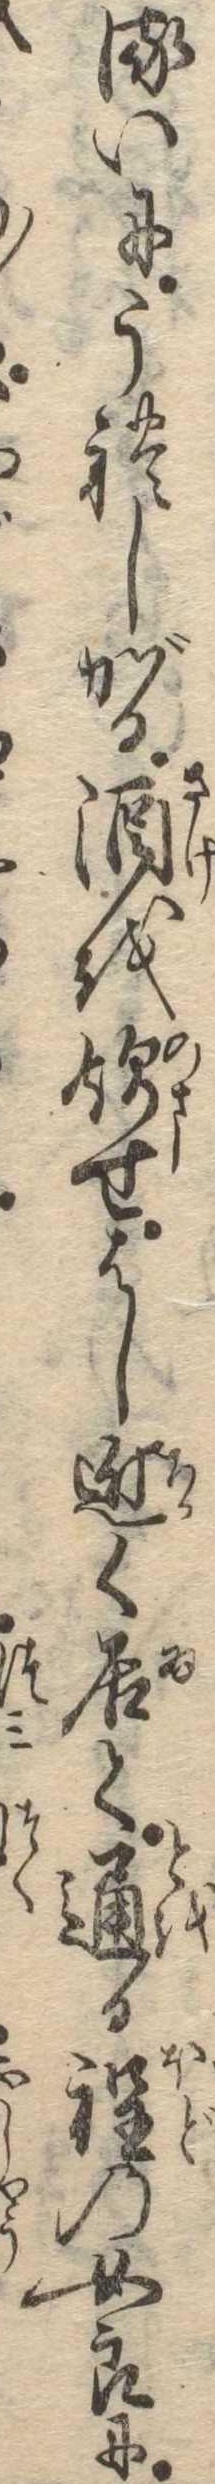
るいにうれしがる酒を飲せはし近く居て通る程の女郎に